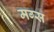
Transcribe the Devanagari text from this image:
मग्स